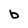
Character: b